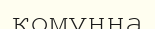
комунна